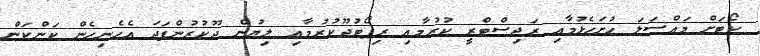
ކޯޓަށް މައްސަލަ ހުށަހެޅުމާއި ރަޖިސްޓްރީ ކުރުމާއި ރިޕޯޓުދޫކުރުމާއި ލިޔުން ދޫކުރުންފަދަ އެހެނިހެން ކަންކަން